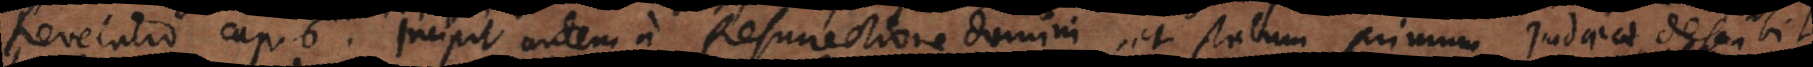
Revelatio cap. 6. Incipit autem a Resurrectione Domini, et statum primum Judaeae describit